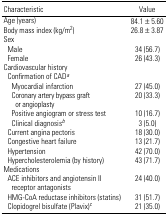
<table><thead><tr><td><b>Characteristic</b></td><td><b>Value</b></td></tr></thead><tbody><tr><td>Age (years)</td><td>84.1 ± 5.60</td></tr><tr><td>Body mass index (kg/m<sup>2</sup>)</td><td>26.8 ± 3.87</td></tr><tr><td colspan="2">Sex</td></tr><tr><td> Male</td><td>34 (56.7)</td></tr><tr><td> Female</td><td>26 (43.3)</td></tr><tr><td colspan="2">Cardiovascular history</td></tr><tr><td colspan="2"> Confirmation of CADa</td></tr><tr><td>Myocardial infarction</td><td>27 (45.0)</td></tr><tr><td>Coronary artery bypass graft or angioplasty</td><td>20 (33.3)</td></tr><tr><td>Positive angiogram or stress test</td><td>10 (16.7)</td></tr><tr><td>Clinical diagnosisb</td><td>3 (5.0)</td></tr><tr><td> Current angina pectoris</td><td>18 (30.0)</td></tr><tr><td> Congestive heart failure</td><td>13 (21.7)</td></tr><tr><td> Hypertension</td><td>42 (70.0)</td></tr><tr><td> Hypercholesterolemia (by history)</td><td>43 (71.7)</td></tr><tr><td colspan="2">Medications</td></tr><tr><td> ACE inhibitors and angiotensin II receptor antagonists</td><td>24 (40.0)</td></tr><tr><td> HMG-CoA reductase inhibitors (statins)</td><td>31 (51.7)</td></tr><tr><td> Clopidogrel bisulfate (Plavix)c</td><td>21 (35.0)</td></tr></tbody></table>